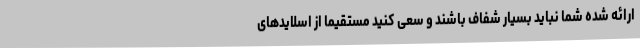
ارائه شده شما نباید بسیار شفاف باشند و سعی کنید مستقیماً از اسلایدهای